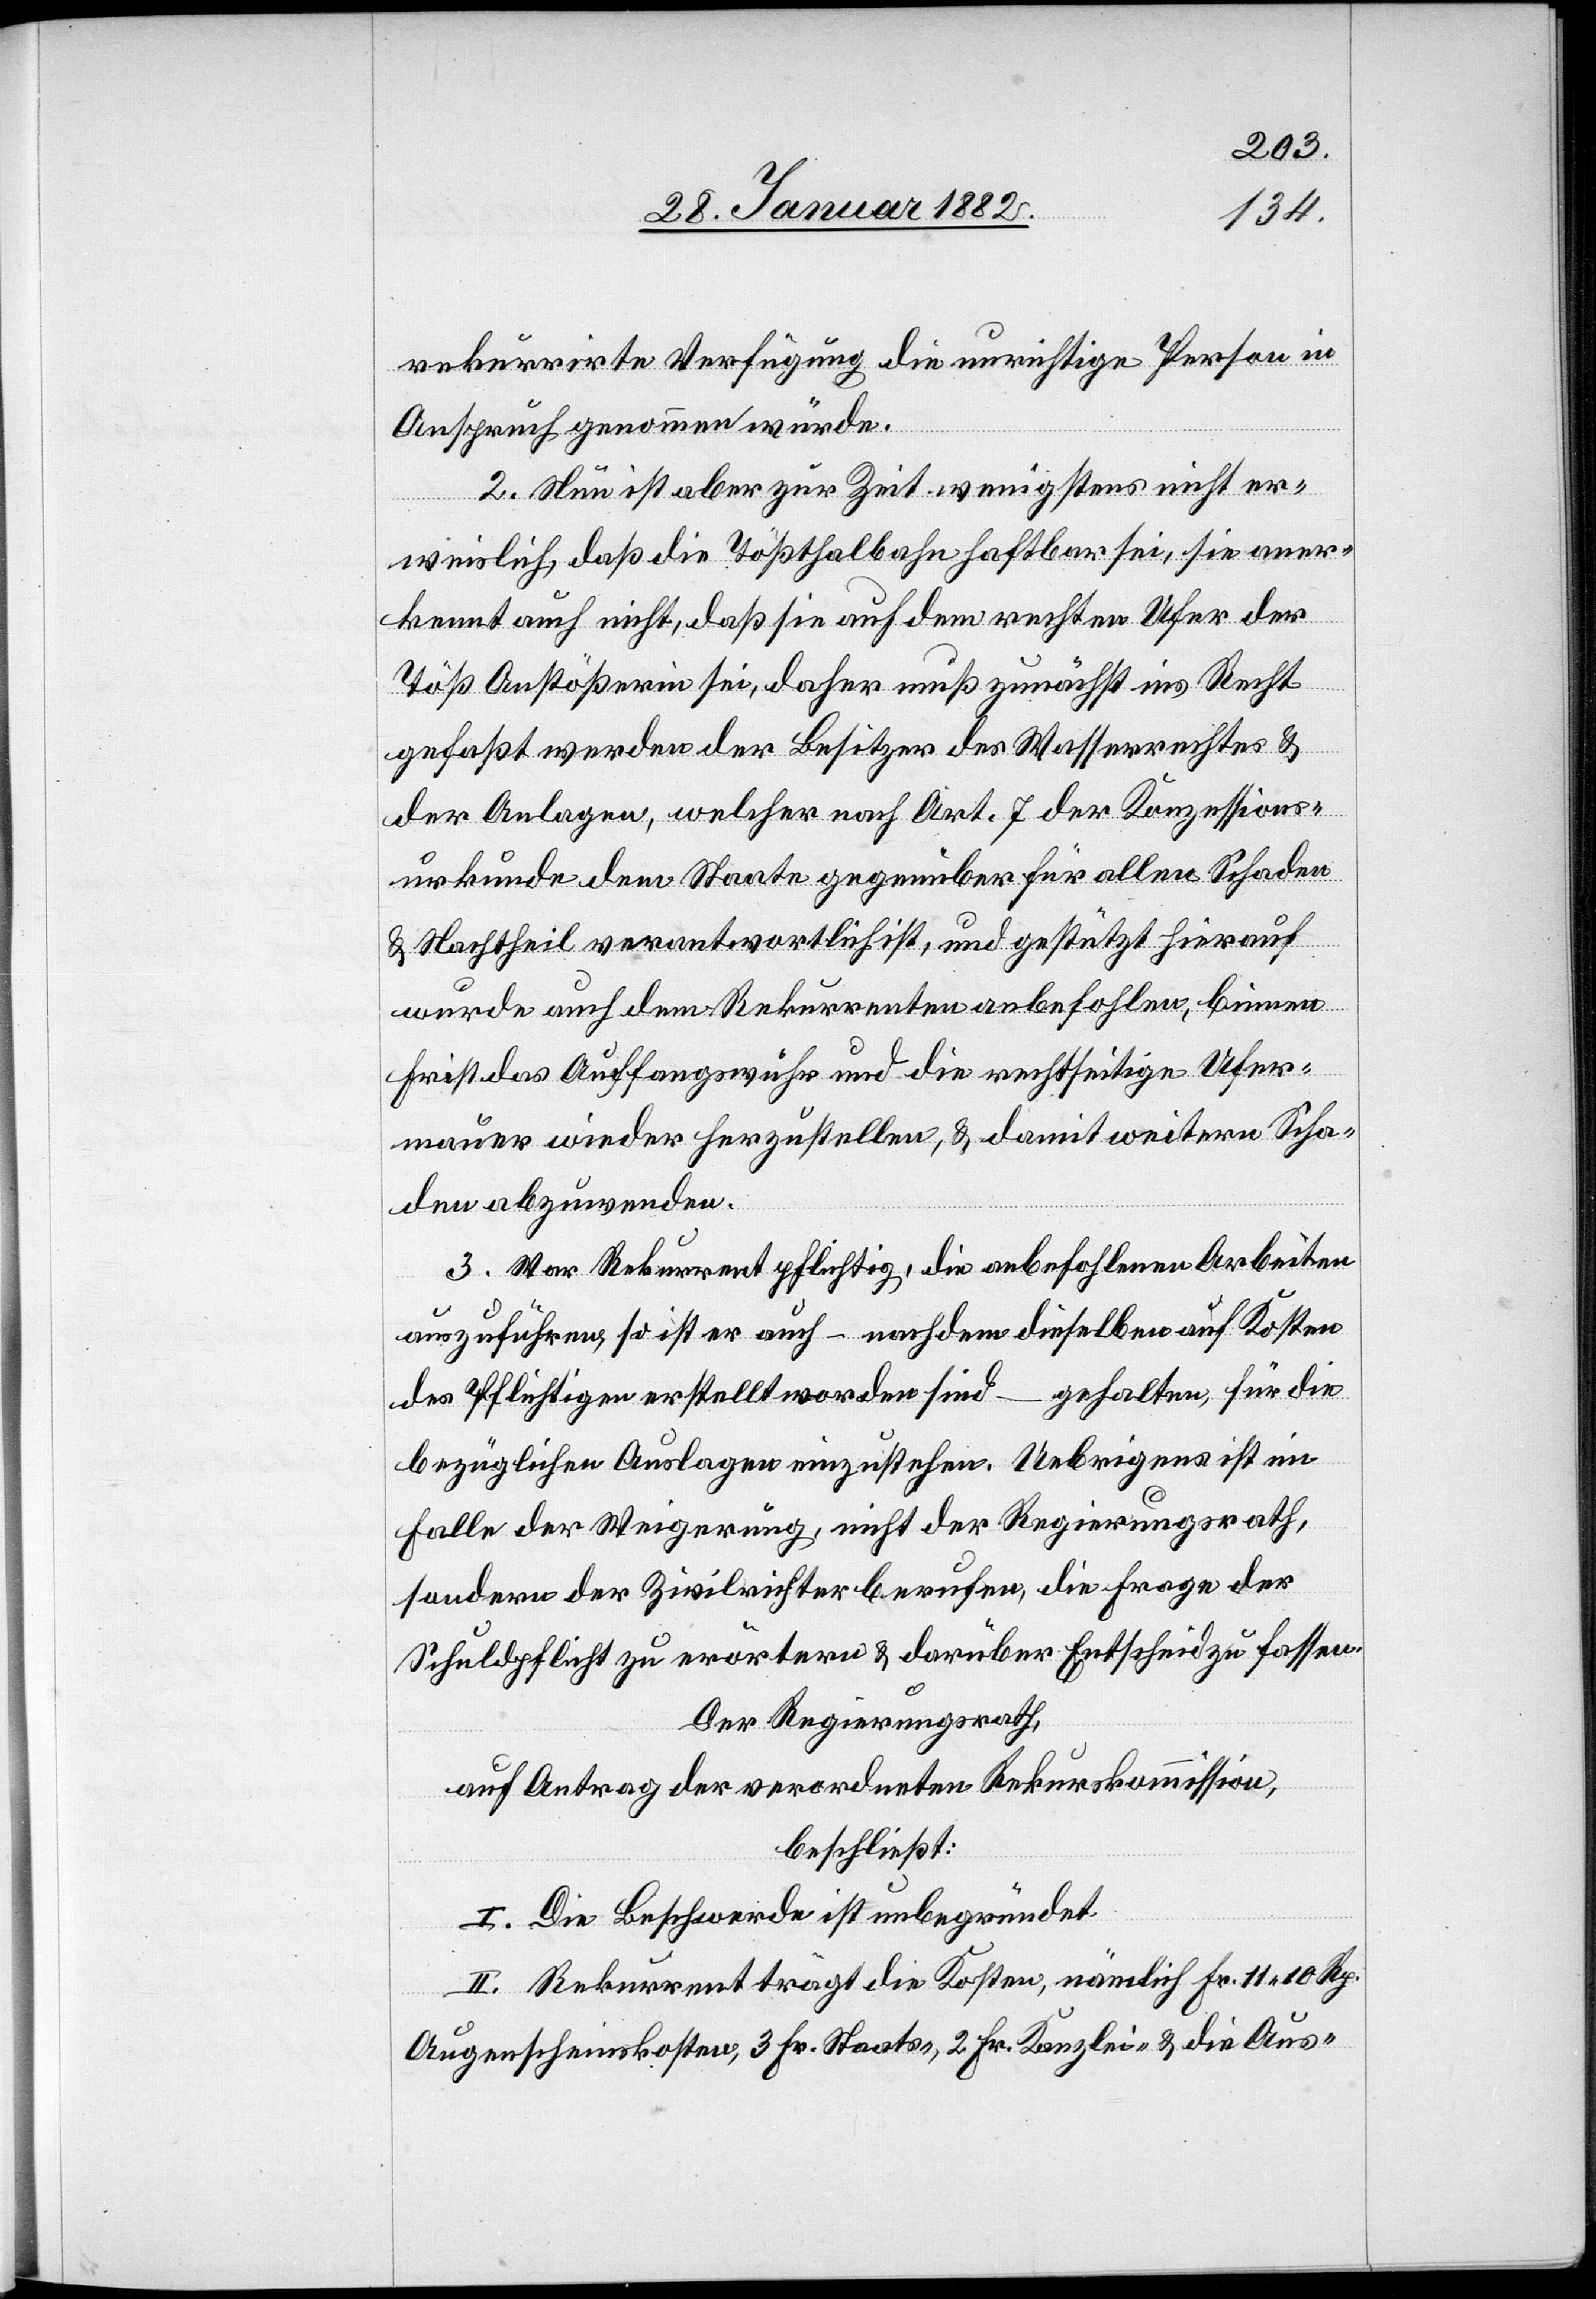
rekurrirte Verfügung die unrichtige Person in
Anspruch genommen würde.
2. Neu ist aber zur Zeit wenigstens nicht er¬
sichtlich, daß die Tößthalbahn haftbar sei, sie aner¬
kennt auch nicht, daß sie auf dem ersten Ufer der
Töß Anstößerin sei, daher muß zunächst ins Recht
gefaßt werden der Besitzer des Wasserrechtes &
der Anlage, welcher nach Art. 7 der Konzessions¬
urkunde dem Staate gegenüber für allen Schaden
& Nachtheil verantwortlich ist, und gestützt hierauf
wurde auch dem Rekurrenten anbefohlen, binnen
Frist das Auffangswuhr und die rechtseitige Ufer¬
mauer wieder herzustellen, & damit weiteren Scha¬
den abzuwenden.
3. Vor Rekurrent pflichtig, die anbefohlenen Arbeiten
auszuführen, so ist er auch – nachdem dieselben auf Kosten
des Pflichtigen erstellt worden sind – gehalten, für die
bezüglichen Auslagen einzustehen. Uebrigens ist im
Falle der Verweigerung, nicht der Regierungsrath,
sondern der Zivilrichter berufen, die Frage der
Schuldpflicht zu erörtern & darüber Entscheide zu fassen.
Der Regierungsrath,
auf Antrag der verordneten Rekurskommission,
beschließt:
I. Die Beschwerde ist unbegründet.
II. Rekurrent trägt die Kosten, nämlich Fr. 11 10 Rp.
Augenscheinskosten, 3 Fr. Staats-, 2 Fr. Kanzlei- & die Aus-